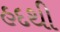
હદથી